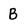
Character: B